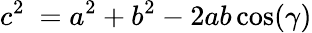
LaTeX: c^{2}\ =a^{2}+b^{2}-2ab\cos(\gamma)